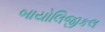
બાયોલિજીકલ